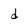
Character: d